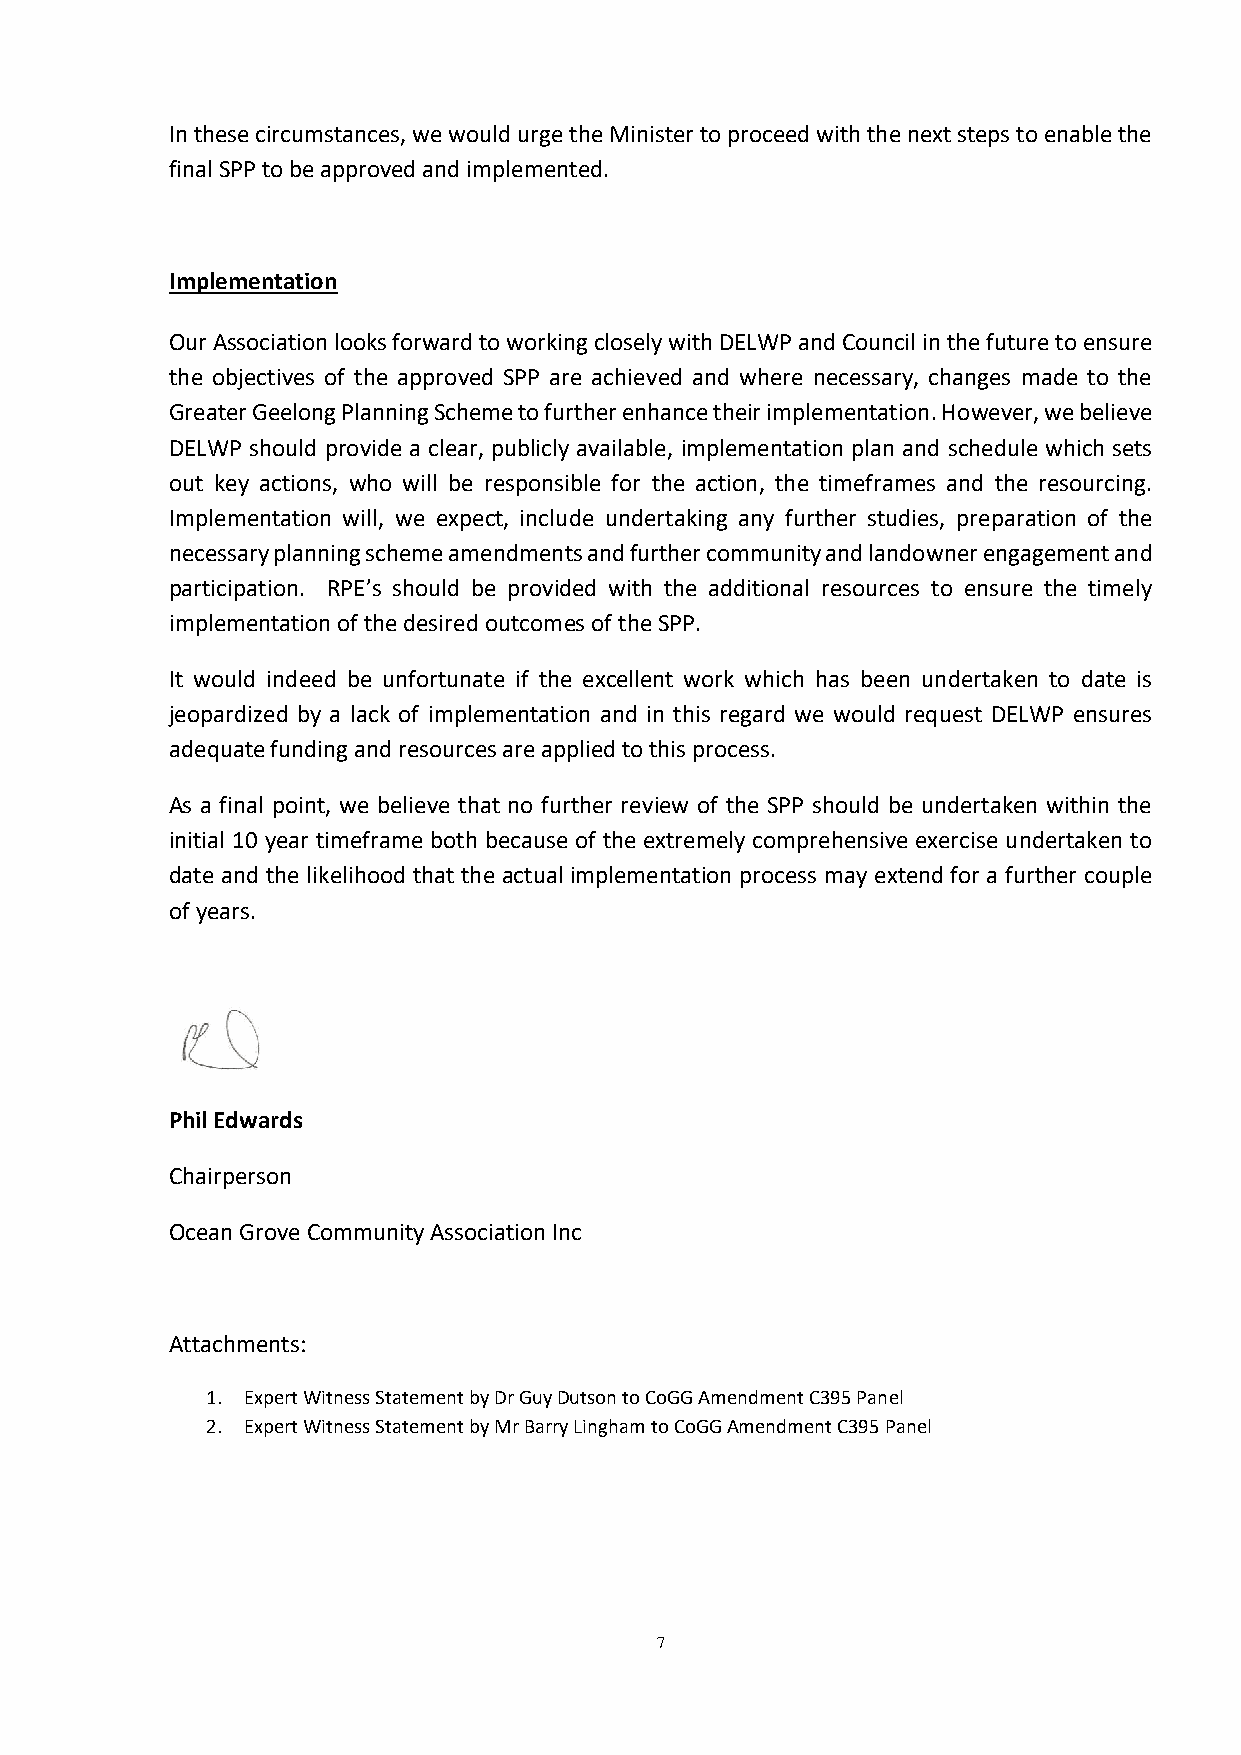
In these circumstances, we would urge the Minister to proceed with the next steps to enable the
 final SPP to be approved and implemented.
 Implementation
 Our Association looks forward to working closely with DELWP and Council in the future to ensure
 the objectives of the approved SPP are achieved and where necessary, changes made to the
 Greater Geelong Planning Scheme to further enhance their implementation. However, we believe
 DELWP should provide a clear, publicly available, implementation plan and schedule which sets
 out key actions, who will be responsible for the action, the timeframes and the resourcing.
 Implementation will, we expect, include undertaking any further studies, preparation of the
 necessary planning scheme amendments and further community and landowner engagement and
 participation. RPE’s should be provided with the additional resources to ensure the timely
 implementation of the desired outcomes of the SPP.
 It would indeed be unfortunate if the excellent work which has been undertaken to date is
 jeopardized by a lack of implementation and in this regard we would request DELWP ensures
 adequate funding and resources are applied to this process.
 As a final point, we believe that no further review of the SPP should be undertaken within the
 initial 10 year timeframe both because of the extremely comprehensive exercise undertaken to
 date and the likelihood that the actual implementation process may extend for a further couple
 of years.
 Phil Edwards
 Chairperson
 Ocean Grove Community Association Inc
 Attachments:
 1. Expert Witness Statement by Dr Guy Dutson to CoGG Amendment C395 Panel
 2. Expert Witness Statement by Mr Barry Lingham to CoGG Amendment C395 Panel
 7